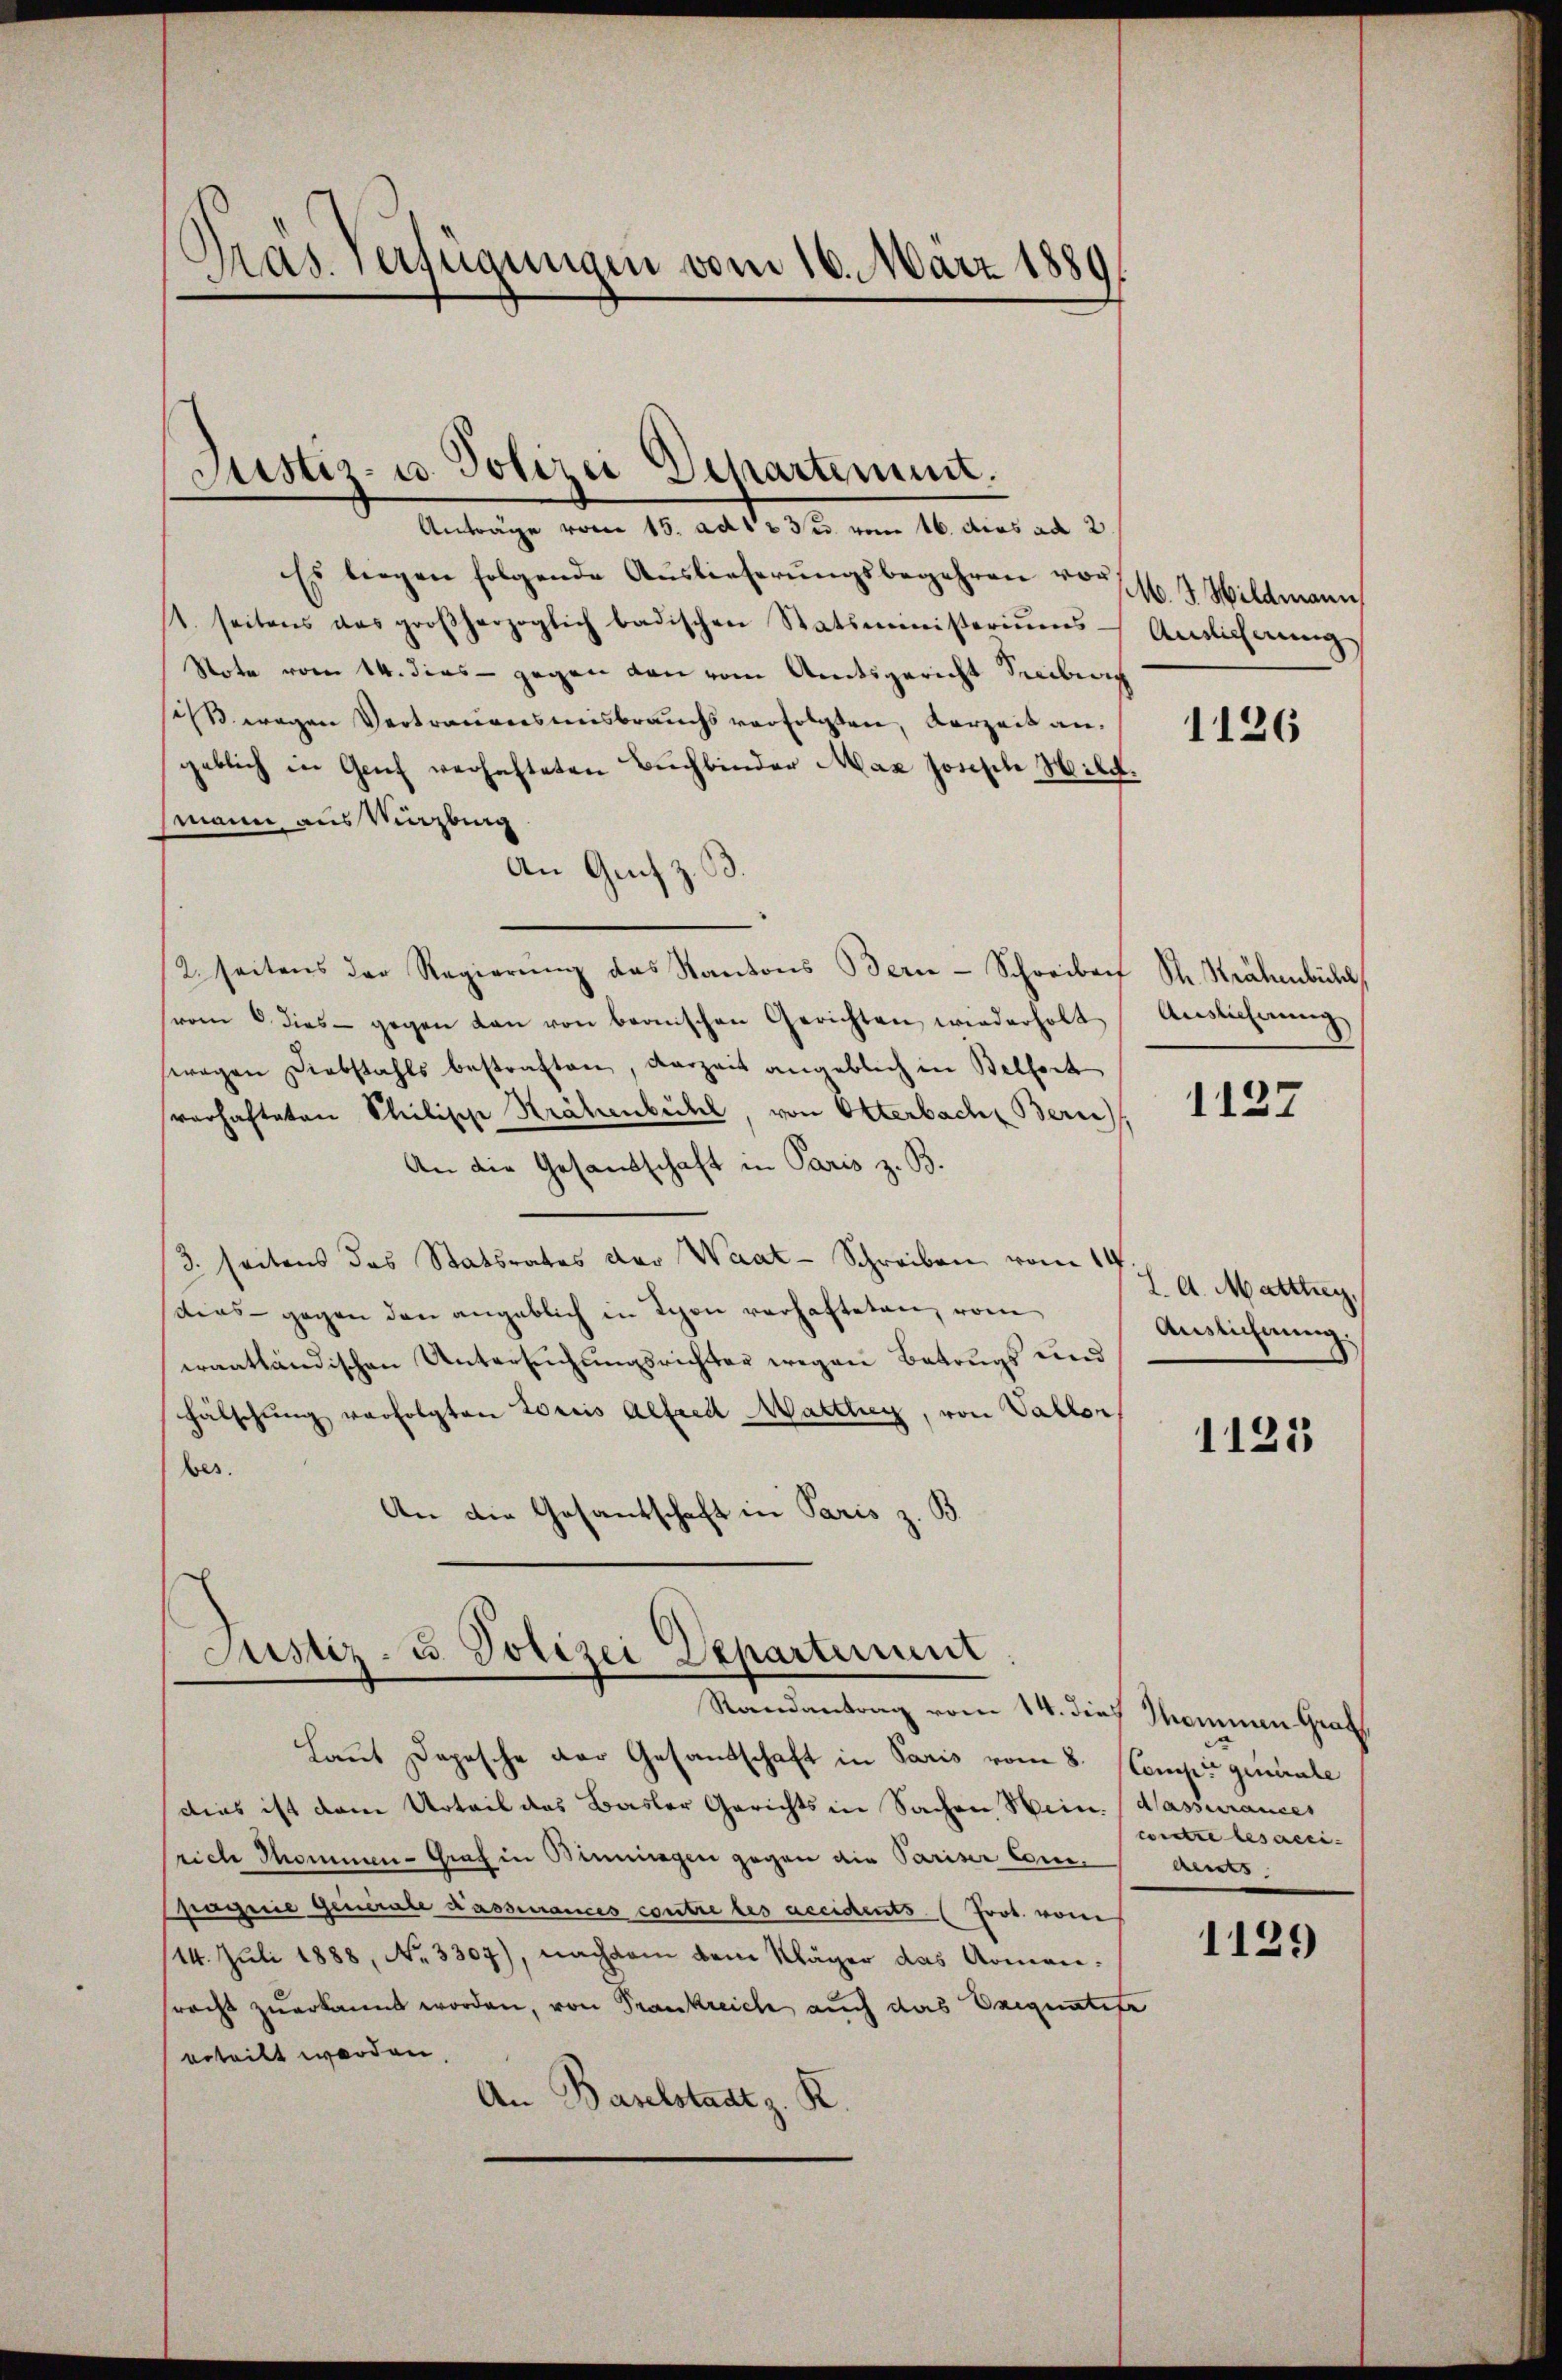
Pras Verfügungen vom 16. März 1880
d

Justiz- u. Polizei Departement.

Anträge vom 15. ad 123. vom 16. dies ad 2.
Es liegen folgende Auslieferŭngsbegehren vor 4 Wildmann
t. seitens das großherzoglich badischen Statsministeriŭms-Anslichnŭngs
Vote vom 14. dies - gegen den vom Amtsgericht Seeiben
ses wegen Vertrauensmisbrauchs verfolgten, Verzeit angeblich in Genf verhafteten Buchbinder Max josische Hild.
mann aus Virzburg
An Genf z. B.
2. Seitens der Regierŭng das Kantons Bern-Schreiben St. Krähenbühl,
vom 6. dies gegen dan von bernischen Gerichten wiederholt Auslieferŭng
wegen Diebstahls bestraften, darzeit angeblich in Belfort
verhafteten Philische Krähenbeitel, von Otterbach Bern,
An die Gesandtschaft in Paris z. B.
3. seitens das Statsrates der Waat-Schreiben vom 14
dias - gegen den angeblich in Schon verhafteten, vom
erantländischen Untersuchungsrichter wegen Betrugs und
Fälschung verfolgten Loriis Alfred Matthig, von Valler,
bes.
An die Gesandschaft in Paris z. B.

Justiz- u. Polizei Departement
Randantrag vom 14. dies Sommen Graf

Laut Depesche der Gesandschaft in Paris vom 8. Menzigenerale
dies ist dem Urteil das Basler Gerichts in Sachen Wein. Wassurances
sich Thommen-Graf in Benningen gegen die Pariser Conce deuts
pagnie Generale Kassiances coutre les accidents (Joot. vom
14. Juli 1888, No. 3307), nachdem dem Kläger das Armensracht zuerkannt worden, von Frankreich auch das Exequatete
erteilt werden.
An Baselstadt z. R.

1126

1127

I. A. Mattler,
Auslichnung.

1125

contre les acci-

1129